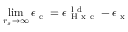
\operatorname* { l i m } _ { r _ { s } \to \infty } \epsilon _ { \mathrm { ~ c ~ } } = \epsilon _ { \mathrm { ~ H ~ x ~ c ~ } } ^ { \mathrm { ~ l ~ d ~ } } - \epsilon _ { \mathrm { ~ x ~ } }